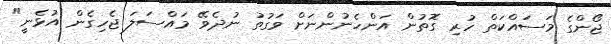
ޖޯންގެ މަސައްކަތް ހުރި ގޮތުން އަންހެނުންނަށް ވަގުތު ނުދެވޭ މައްސަލަ ޖެހިގެން އުޅެނީ"